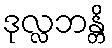
ဒုလ္လဘန္တိ